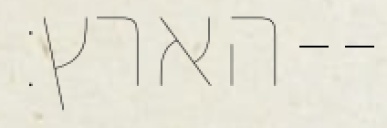
הארץ׃--